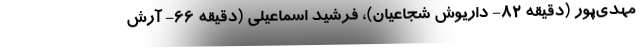
مهدی‌پور (دقیقه ۸۲- داریوش شجاعیان)، فرشید اسماعیلی (دقیقه ۶۶- آرش